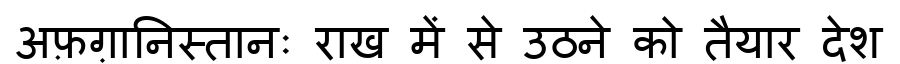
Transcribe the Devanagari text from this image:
अफ़ग़ानिस्तानः राख में से उठने को तैयार देश